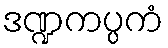
ဒဏ္ဍကပ္ပကံ